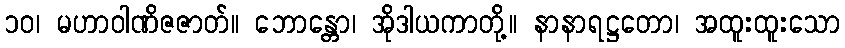
၁၀၊ မဟာဝါဏိဇဇာတ်။ ဘောန္တော၊ အိုဒါယကာတို့။ နာနာရဋ္ဌတော၊ အထူးထူးသော